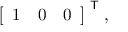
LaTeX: { \left[ \begin{array} { l l l } { 1 } & { 0 } & { 0 } \end{array} \right] } ^ { \textsf { T } } ,